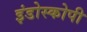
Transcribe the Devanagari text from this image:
इंडोस्कोपी